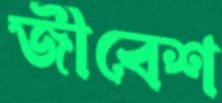
জীবেশ